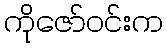
ကိုဇော်ဝင်းက